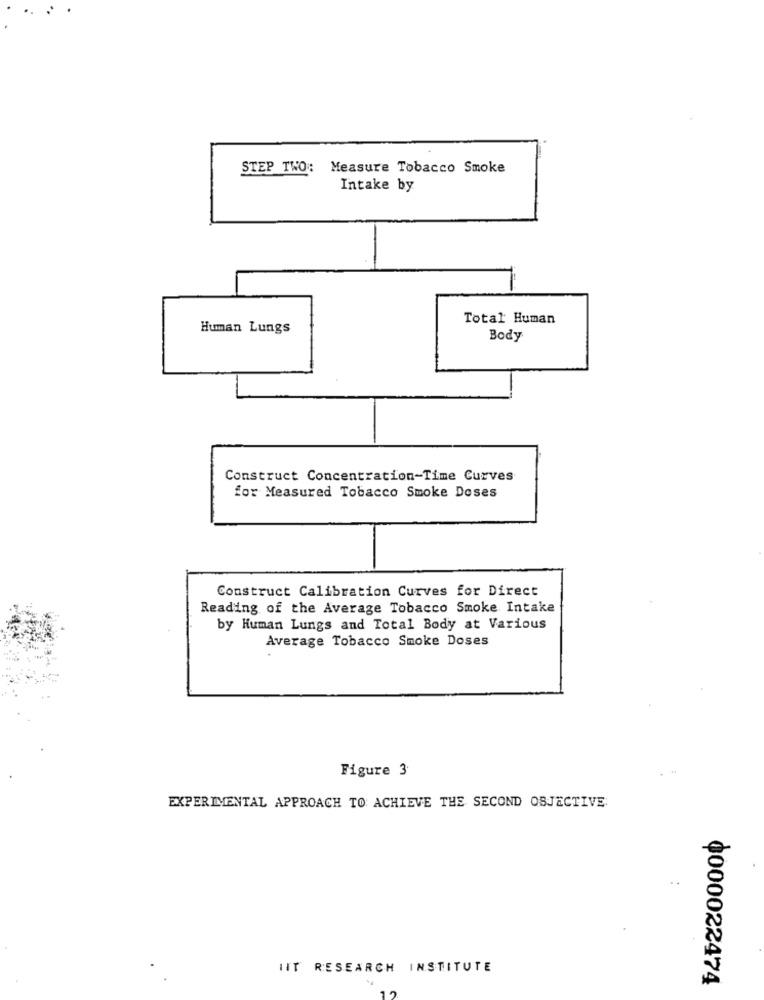
STEP TWO: Measure Tobacco Smoke
Intake by
Total Human
Human Lungs
Body
Construct Concentration-Time Curves
for Measured Tobacco Smoke Doses
Construct Calibration Curves for Direct
Reading of the Average Tobacco Smoke Intake
by Human Lungs and Total Body at Various
Average Tobacco Smoke Doses
Figure 3
EXPERIMENTAL APPROACH TO ACHIEVE THE SECOND OBJECTIVE
. .
ITT RESEARCH INSTITUTE
0000022474